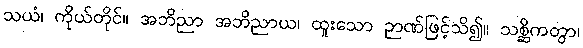
သယံ၊ ကိုယ်တိုင်။ အဘိညာ အဘိညာယ၊ ထူးသော ဉာဏ်ဖြင့်သိ၍။ သစ္ဆိကတွာ၊